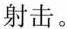
射击。